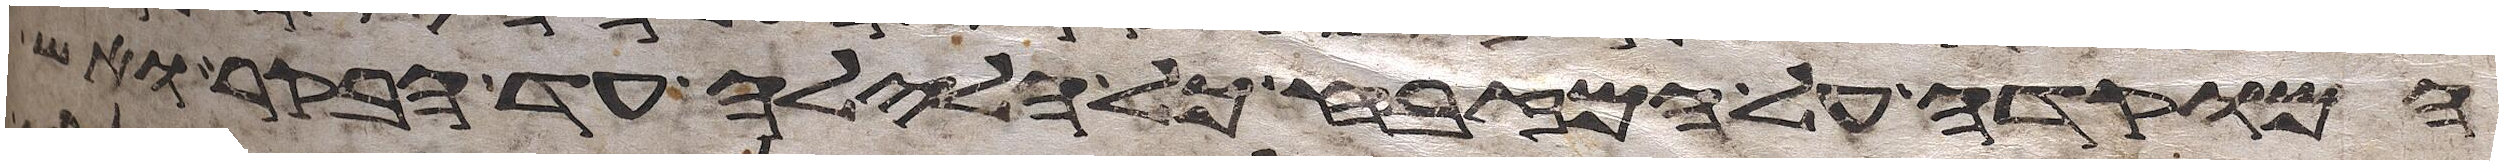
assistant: המוקדה על המזבח כל הלילה עד בקר ואש